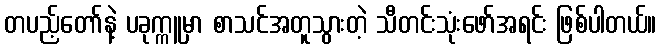
တပည့်တော်နဲ့ ပခုက္ကူမှာ စာသင်အတူသွားတဲ့ သီတင်းသုံးဖော်အရင်း ဖြစ်ပါတယ်။